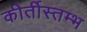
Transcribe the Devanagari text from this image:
कीर्तीस्तम्भ